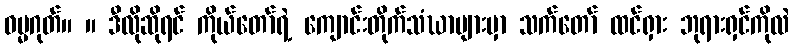
ဓမ္မဂုတ်။ ။ ဒီလိုဆိုရင် ကိုယ်တော်ရဲ့ ကျောင်းတိုက်သံဃာများမှာ သက်တော် ထင်ရှား ဘုရားရှင်ကိုလဲ